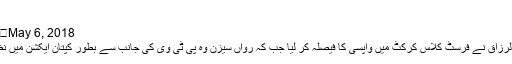
یہاں …
May 6, 2018	کھیل کود 0
کراچی: عبدالرزاق نے فرسٹ کلاس کرکٹ میں واپسی کا فیصلہ کر لیا جب کہ رواں سیزن وہ پی ٹی وی کی جانب سے بطور کپتان ایکشن میں نظر آئیں گے۔